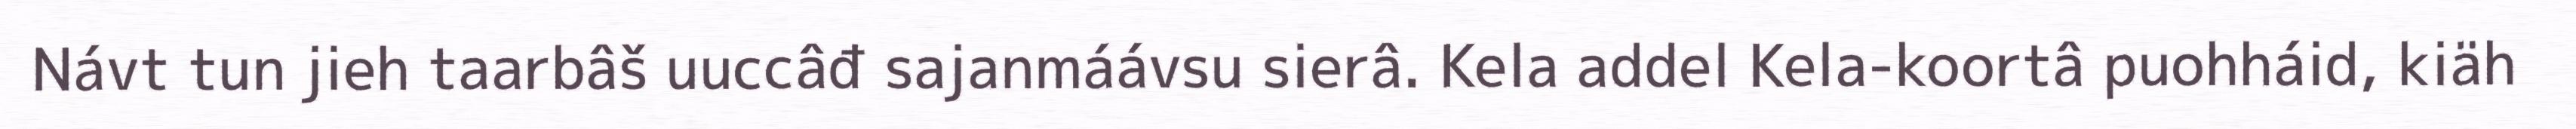
Návt tun jieh taarbâš uuccâđ sajanmáávsu sierâ. Kela addel Kela-koortâ puohháid, kiäh